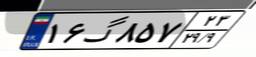
۱۶گ۸۵۷۲۳